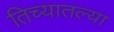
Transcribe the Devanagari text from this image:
तिच्यातल्या